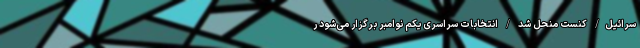
سرائیل/ کنست منحل شد / انتخابات سراسری یکم نوامبر برگزار می‌شود ر